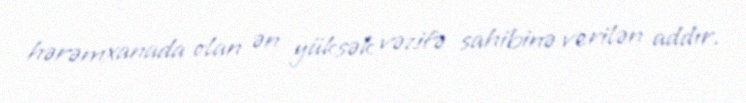
hərəmxanada olan ən yüksək vəzifə sahibinə verilən addır.